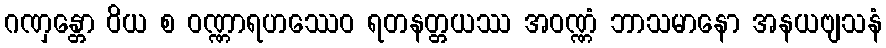
ဂဏှန္တော ဝိယ စ ဝဏ္ဏာရဟဿေဝ ရတနတ္တယဿ အဝဏ္ဏံ ဘာသမာနော အနယဗျသနံ